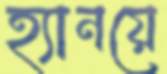
হ্যানয়ে